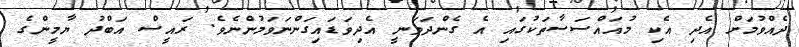
ދެއްވުމަށް އެދި އެކި މުއައްސަސާތަކުގައި އެ ގެންދަވަނީ އެދިވަޑައިގަންނަވަމުންނެވެ. ރައީސް އަބްދު ޔާމީންގެ